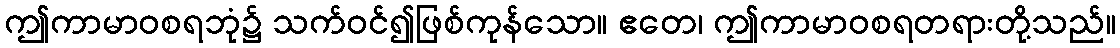
ဤကာမာဝစရဘုံ၌ သက်ဝင်၍ဖြစ်ကုန်သော။ ဧတေ၊ ဤကာမာဝစရတရားတို့သည်။